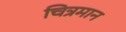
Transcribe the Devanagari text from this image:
चित्रमान